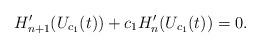
LaTeX: \begin{align*}H_{n+1}'(U_{c_1}(t))+c_1 H'_{n}(U_{c_1}(t))=0.\end{align*}